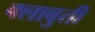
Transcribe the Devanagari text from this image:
क्लाबुती